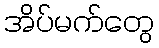
အိပ်မက်တွေ